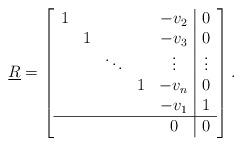
LaTeX: \begin{align*}\underline{R} = \left[\begin{array}{ccccc|c} 1 & & & & -v_{2} & 0 \\ & 1 & & & -v_{3} & 0 \\ & & \ddots & & \vdots & \vdots \\ & & & 1 & -v_{n} & 0 \\ & & & & -v_{1} & 1 \\ \hline & & & & 0 & 0 \end{array}\right].\end{align*}